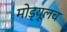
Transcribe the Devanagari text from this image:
मोड्यूलच